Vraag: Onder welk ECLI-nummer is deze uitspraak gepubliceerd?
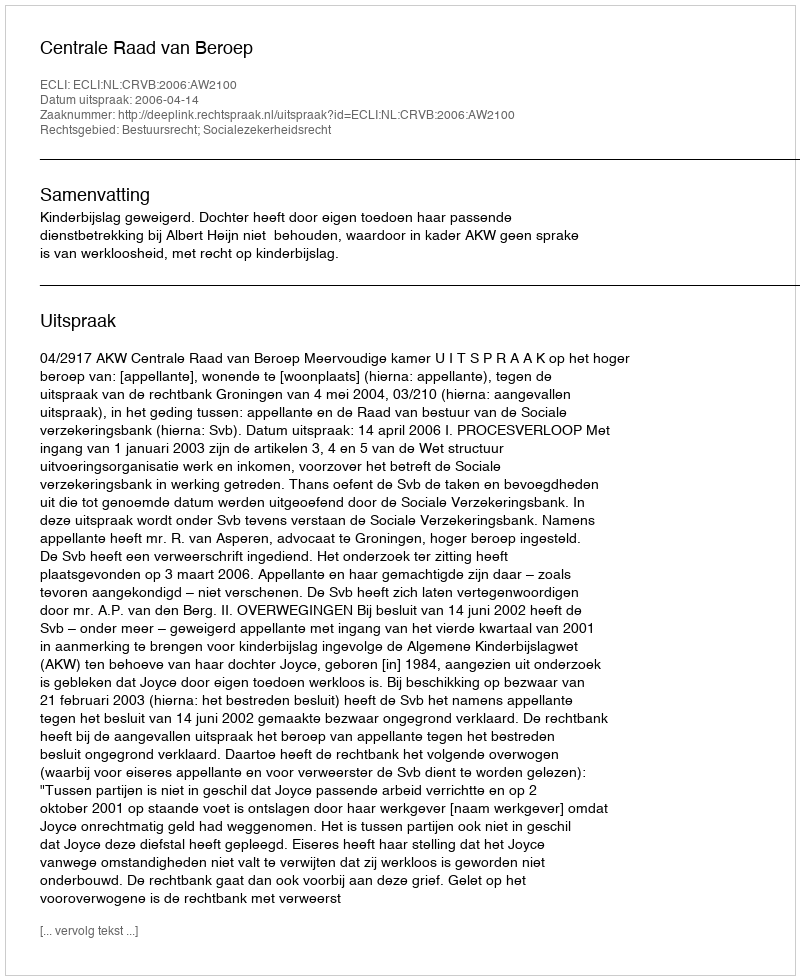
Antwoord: ECLI:NL:CRVB:2006:AW2100